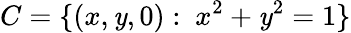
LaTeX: C=\{ (x,\mathit{y},0):\ x^{2}+\mathit{y}^{2}=1\}